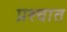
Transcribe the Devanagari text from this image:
प्रश्चात